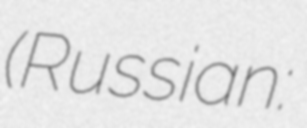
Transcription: (Russian: